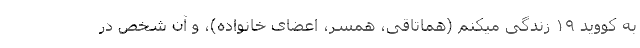
به کووید ۱۹ زندگی میکنم (هماتاقی، همسر، اعضای خانواده)، و آن شخص در